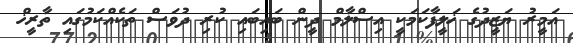
އަމީރު ޔަޒީދުގެ ޚަލީފާކަމަކީ އިސްލާމް ދީން ބައިބައި ކުރި ދުވަސް ތަކެއްކަމުގައި ތާރީޚް